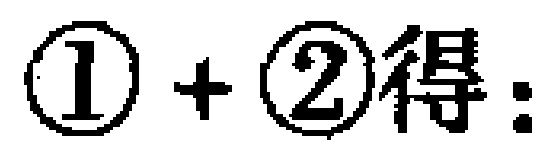
\(\textcircled{1}+\textcircled{2}\text{得：}\)